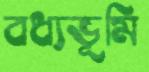
বধ্যভূমি